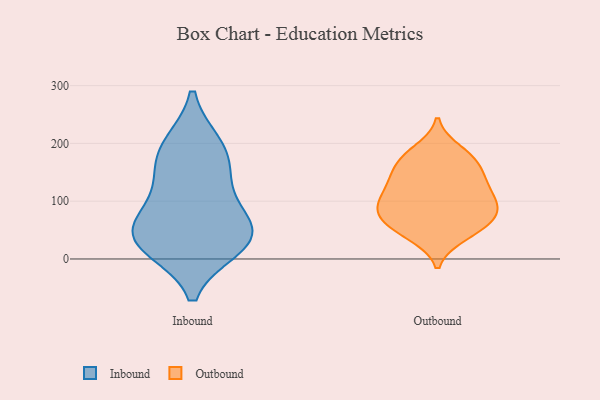
{"axis": {"x": "Temperature (°C)", "y": "Value"}, "legend": ["Inbound", "Outbound"], "data": [{"x": "", "y": 150, "type": "Inbound"}, {"x": "", "y": 197, "type": "Inbound"}, {"x": "", "y": 20, "type": "Inbound"}, {"x": "", "y": 63, "type": "Inbound"}, {"x": "", "y": 58, "type": "Inbound"}, {"x": "", "y": 92, "type": "Inbound"}, {"x": "", "y": 19, "type": "Inbound"}, {"x": "", "y": 199, "type": "Inbound"}, {"x": "", "y": 30, "type": "Inbound"}, {"x": "", "y": 148, "type": "Inbound"}, {"x": "", "y": 42, "type": "Inbound"}, {"x": "", "y": 44, "type": "Outbound"}, {"x": "", "y": 97, "type": "Outbound"}, {"x": "", "y": 161, "type": "Outbound"}, {"x": "", "y": 175, "type": "Outbound"}, {"x": "", "y": 40, "type": "Outbound"}, {"x": "", "y": 123, "type": "Outbound"}, {"x": "", "y": 75, "type": "Outbound"}, {"x": "", "y": 56, "type": "Outbound"}, {"x": "", "y": 90, "type": "Outbound"}, {"x": "", "y": 104, "type": "Outbound"}, {"x": "", "y": 146, "type": "Outbound"}, {"x": "", "y": 88, "type": "Outbound"}, {"x": "", "y": 135, "type": "Outbound"}, {"x": "", "y": 79, "type": "Outbound"}, {"x": "", "y": 188, "type": "Outbound"}, {"x": "", "y": 63, "type": "Outbound"}, {"x": "", "y": 175, "type": "Outbound"}, {"x": "", "y": 127, "type": "Outbound"}]}